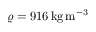
\varrho = 9 1 6 \mathrm { \, k g \, m ^ { - 3 } }